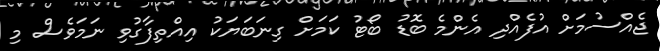
ޖެއްސުމަށް އުފެއްދި އެންމެ ބޮޑު ބޯޓު ކަމަށް ގިނަބަޔަކު އިއްތިފާގުވި ނަމަވެސް މި